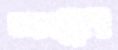
জমটুপি